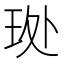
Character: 𮴊